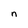
Character: n